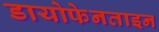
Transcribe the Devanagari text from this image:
डायोफेनताइन